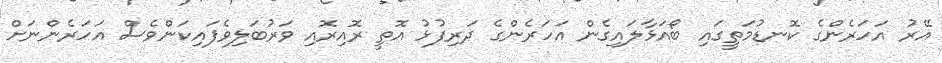
އޭރު އަހަރެންގެ ކޮނޑުމަތީގައި ބޯއަޅާލައިގެން އަހަރެންގެ ދަރިފުޅު އޮތީ ރޮއިރޮއި ވަރުބަލިވެފައިކަންވެސް އަހަރެންނަށް